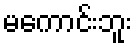
မကောင်းဘူး